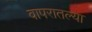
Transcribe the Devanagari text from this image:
वापरातल्या